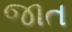
જાત